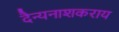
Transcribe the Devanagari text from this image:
दैन्यनाशकराय